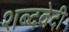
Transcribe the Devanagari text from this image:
शब्दवेदी